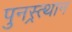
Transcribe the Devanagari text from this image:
पुनस्र्त्थान